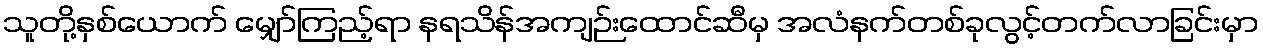
သူတို့နှစ်ယောက် မျှော်ကြည့်ရာ နရသိန်အကျဉ်းထောင်ဆီမှ အလံနက်တစ်ခုလွင့်တက်လာခြင်းမှာ